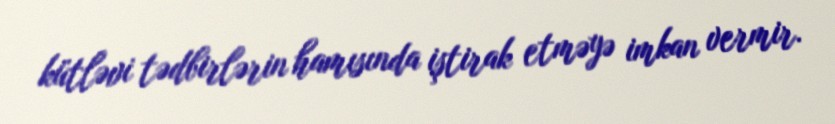
kütləvi tədbirlərin hamısında iştirak etməyə imkan vermir.